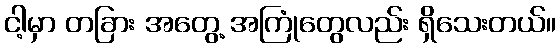
ငါ့မှာ တခြား အတွေ့ အကြုံတွေလည်း ရှိသေးတယ်။